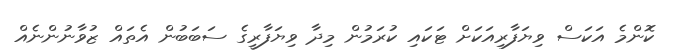
ކޮންމެ އަކަސް ވިޔަފާރިއަކަށް ޓަކައި ކުރަމުން މިދާ ވިޔަފާރީގެ ސަބަބުން އެތައް ޒުވާނުންނެއް